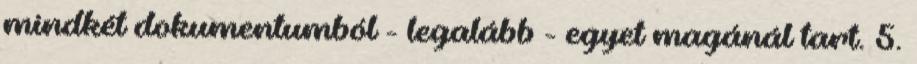
mindkét dokumentumból - legalább - egyet magánál tart. 5.